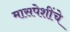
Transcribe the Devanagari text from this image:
मासपेशींचे